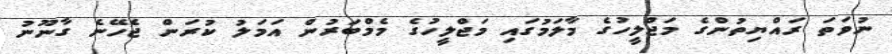
ނުވަތަ ރައްޔިތުންގެ މަޖްލީހުގެ މާލަމުގައި މަޖްލީހުގެ މެމްބަރުން އަމަލު ކުރަން ޖެހޭނެ ގާނޫނު